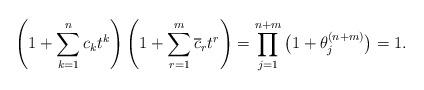
\begin{gather*}\left(1+\sum_{k=1}^{ n} c_k t^k\right)\left(1+\sum_{r=1}^{m} {\overline{c}}_r t^r\right) =\prod_{j=1}^{n+m} \big(1+\theta_{j}^{(n+m)}\big) = 1.\end{gather*}